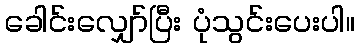
ခေါင်းလျှော်ပြီး ပုံသွင်းပေးပါ။